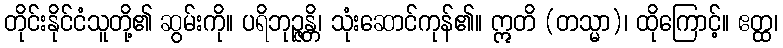
တိုင်းနိုင်ငံသူတို့၏ ဆွမ်းကို။ ပရိဘုဉ္ဇန္တိ၊ သုံးဆောင်ကုန်၏။ ဣတိ (တသ္မာ)၊ ထိုကြောင့်။ ဧတ္ထ၊